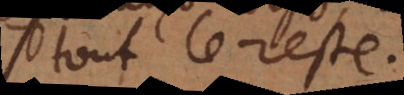
tout le reste.